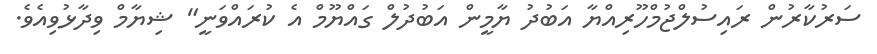
ސަރުކާރުން ރައިސުލްޖުމްހޫރިއްޔާ އަބުދު ޔާމީން އަބުދުލް ގައްޔޫމް އެ ކުރައްވަނީ" ޝިޔާމް ވިދާޅުވިއެވެ.